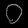
Digit: ၀